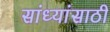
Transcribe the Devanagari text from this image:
सांध्यांसाठी